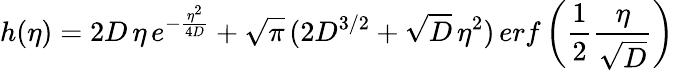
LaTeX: h(\eta)=2D\, \eta\, e^{-\frac{\eta^{2}}{4D}}+\sqrt{\pi}\, (2D^{3/2}+\sqrt{D}\, \eta^{2})\, erf\left(\frac{1}{2}\frac{\eta}{\sqrt{D}}\right)